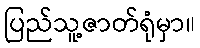
ပြည်သူ့ဇာတ်ရုံမှာ။